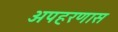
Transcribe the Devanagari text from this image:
अपहरणास